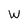
Character: W